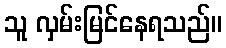
သူ လှမ်းမြင်နေရသည်။